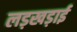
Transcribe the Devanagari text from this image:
लड़खड़ाई